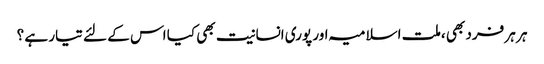
ہر ہر فرد بھی ،ملت اسلامیہ اور پوری انسانیت بھی کیا اس کے لئے تیار ہے ؟